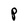
Character: P